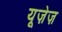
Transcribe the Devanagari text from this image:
यूज़ेज़